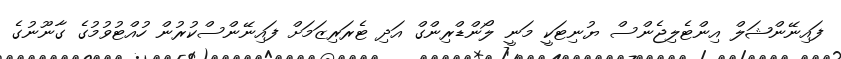
ފައިނޭންޝަލް އިންޓެލިޖެންސް ޔުނިޓަކީ މަނީ ލޯންޑްރިންގް އަދި ޓެރަރިޒަމަށް ފައިނޭންސްކުރުން ހުއްޓުވުމުގެ ގާނޫނުގެ